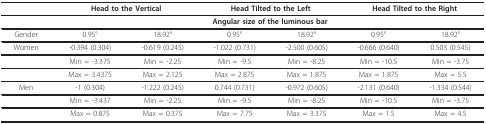
<table><thead><tr><td></td><td colspan="2"><b>Head to the Vertical</b></td><td colspan="2"><b>Head Tilted to the Left</b></td><td colspan="2"><b>Head Tilted to the Right</b></td></tr></thead><tbody><tr><td></td><td colspan="6"><b>Angular size of the luminous bar</b></td></tr><tr><td>Gender</td><td>0.95°</td><td>18.92°</td><td>0.95°</td><td>18.92°</td><td>0.95°</td><td>18.92°</td></tr><tr><td>Women</td><td>-0.394 (0.304)</td><td>-0.619 (0.245)</td><td>-1.022 (0.731)</td><td>-2.500 (0.605)</td><td>-0.666 (0.640)</td><td>0.503 (0.545)</td></tr><tr><td></td><td>Min = -3.375</td><td>Min = -2.25</td><td>Min = -9.5</td><td>Min = -8.25</td><td>Min = -10.5</td><td>Min = -3.75</td></tr><tr><td></td><td>Max = 3.4375</td><td>Max = 2.125</td><td>Max = 2.875</td><td>Max = 1.875</td><td>Max = 1.875</td><td>Max = 5.5</td></tr><tr><td>Men</td><td>-1 (0.304)</td><td>-1.222 (0.245)</td><td>0.744 (0.731)</td><td>-0.972 (0.605)</td><td>-2.131 (0.640)</td><td>-1.334 (0.544)</td></tr><tr><td></td><td>Min = -3.437</td><td>Min = -2.25</td><td>Min = -9.5</td><td>Min = -8.25</td><td>Min = -10.5</td><td>Min = -3.75</td></tr><tr><td></td><td>Max = 0.875</td><td>Max = 0.375</td><td>Max = 7.75</td><td>Max = 3.375</td><td>Max = 1.5</td><td>Max = 4.5</td></tr></tbody></table>